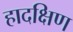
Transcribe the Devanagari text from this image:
हादक्षिण